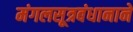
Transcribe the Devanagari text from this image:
मंगलसूत्रबंधानाने